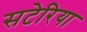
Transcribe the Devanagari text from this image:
सटेरिया